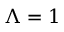
\Lambda = 1